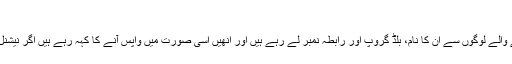
‘
وہ مزید بتاتے ہیں ’فی الحال وہ (ہسپتال والے) خون عطیہ کرنے والے لوگوں سے ان کا نام، بلڈ گروپ اور رابطہ نمبر لے رہے ہیں اور انھیں اسی صورت میں واپس آنے کا کہہ رہے ہیں اگر نیشنل بلڈ سینٹر کے نمائندے کی طرف سے ان سے رابطہ کیا جائے۔